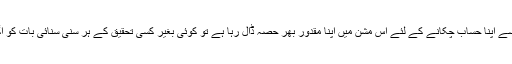
کوئی پی ٹی آئی آئی سے اپنا حساب چکانے کے لئے اس مشن میں اپنا مقدور بھر حصہ ڈال رہا ہے تو کوئی بغیر کسی تحقیق کے ہر سنی سنائی بات کو آگے منتقل کررہا ہے۔